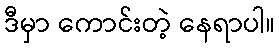
ဒီမှာ ကောင်းတဲ့ နေရာပါ။